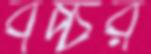
বচ্চর